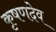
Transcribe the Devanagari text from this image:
कृषणदेव